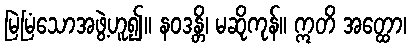
မြဲမြံသောအဖွဲ့ဟူ၍။ နဝဒန္တိ၊ မဆိုကုန်။ ဣတိ အတ္ထော၊